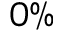
0 \%